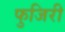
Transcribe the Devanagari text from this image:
फुजिरी